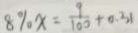
8 \% x = \frac { 9 } { 1 0 0 } + 0 . 3 1